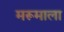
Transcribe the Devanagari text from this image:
मरूमाला